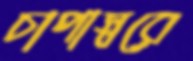
চাপাস্বরে